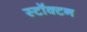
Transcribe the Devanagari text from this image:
स्टॉक्टन